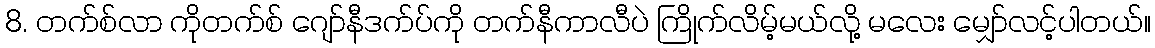
8. တက်စ်လာ ကိုတက်စ် ဂျော်နီဒက်ပ်ကို တက်နီကာလီပဲ ကြိုက်လိမ့်မယ်လို့ မလေး မျှော်လင့်ပါတယ်။